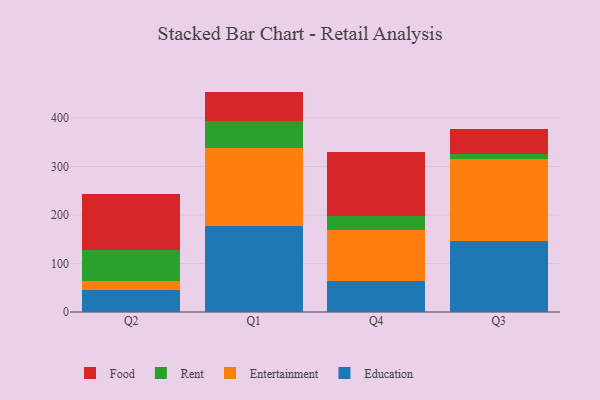
{"axis": {"x": "Quarter", "y": "Temperature (°C)"}, "legend": ["Education", "Entertainment", "Food", "Rent"], "data": [{"x": "Q2", "y": 44.9, "type": "Education"}, {"x": "Q2", "y": 18.7, "type": "Entertainment"}, {"x": "Q2", "y": 64.5, "type": "Rent"}, {"x": "Q2", "y": 114.2, "type": "Food"}, {"x": "Q1", "y": 176.6, "type": "Education"}, {"x": "Q1", "y": 161.6, "type": "Entertainment"}, {"x": "Q1", "y": 56.0, "type": "Rent"}, {"x": "Q1", "y": 60.2, "type": "Food"}, {"x": "Q4", "y": 64.2, "type": "Education"}, {"x": "Q4", "y": 104.1, "type": "Entertainment"}, {"x": "Q4", "y": 30.0, "type": "Rent"}, {"x": "Q4", "y": 130.6, "type": "Food"}, {"x": "Q3", "y": 146.1, "type": "Education"}, {"x": "Q3", "y": 169.4, "type": "Entertainment"}, {"x": "Q3", "y": 9.6, "type": "Rent"}, {"x": "Q3", "y": 52.8, "type": "Food"}]}